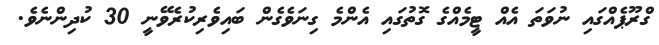
ގްރޫޕެއްގައި ނުވަތަ އެއް ޓީމެއްގެ ގޮތުގައި އެންމެ ގިނަވެގެން ބައިވެރިކުރެވޭނީ 30 ކުދިންނެވެ.